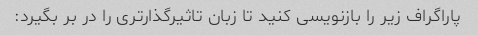
پاراگراف زیر را بازنویسی کنید تا زبان تاثیرگذارتری را در بر بگیرد: